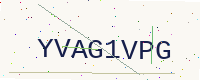
Text: YVAG1VPG